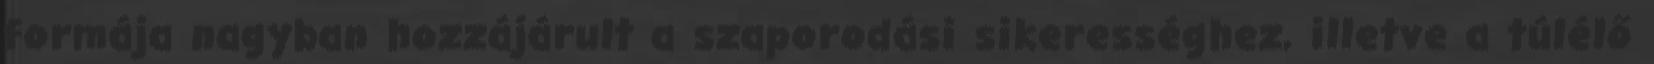
formája nagyban hozzájárult a szaporodási sikerességhez, illetve a túlélő